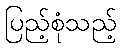
ပြည့်စုံသည့်